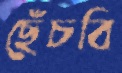
ছেঁচবি